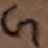
Text: G